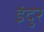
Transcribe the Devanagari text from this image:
इंदुर